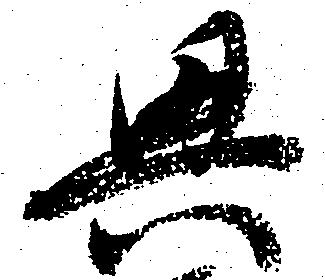
興